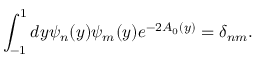
\int _ { - 1 } ^ { 1 } d y \psi _ { n } ( y ) \psi _ { m } ( y ) e ^ { - 2 A _ { 0 } ( y ) } = \delta _ { n m } .